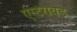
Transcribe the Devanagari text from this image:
ऐस्टेरायड